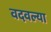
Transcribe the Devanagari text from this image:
वदवल्या